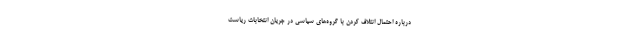
درباره احتمال ائتلاف کردن با گروه‌های سیاسی در جریان انتخابات ریاست